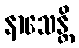
နာသေန္တိ